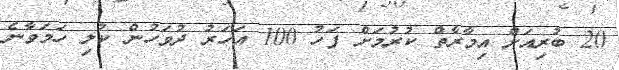
20 ބުރިއަށް އިމާރާތް ކުރުމަށް ފަހު 100 އަހަރު ދުވަހުން ކުލި ހަމަވާނެ